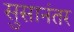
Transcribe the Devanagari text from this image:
सुसानंतर